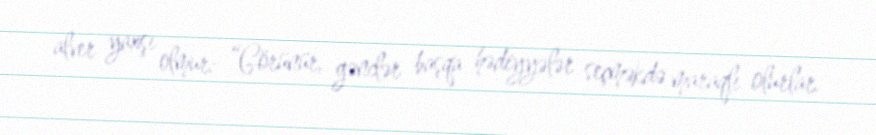
alver yaxşı olmur: “Görünür, gənclər başqa hədiyyələr seçməkdə maraqlı olurlar.